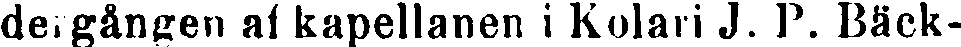
der gången af kapellanen i Kolari J. P, Bäck-